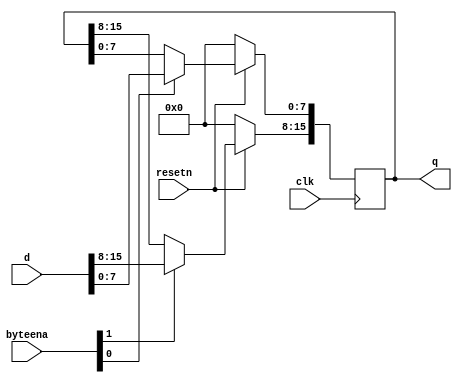
module top_module (
    input clk,
    input resetn,
    input [1:0] byteena,
    input [15:0] d,
    output [15:0] q
);
    always @ (posedge clk)
        begin
        	if(!resetn)
                q <= 0;
            else 
                begin
                    if (byteena[1])
                        q[15:8] = d[15:8];
                    if (byteena[0])
                        q[7:0] = d[7:0];
                end
        end
            
endmodule